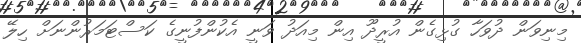
މިނިވަން ދުވަހާ ގުޅިގެން އުރީދޫ އިން މިއަދު ވަނީ އެކުންފުނީގެ ކަސްޓަމަރުންނަށް ހިލޭ